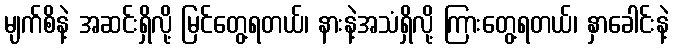
မျက်စိနဲ့ အဆင်းရှိလို့ မြင်တွေ့ရတယ်၊ နားနဲ့အသံရှိလို့ ကြားတွေ့ရတယ်၊ နှာခေါင်းနဲ့